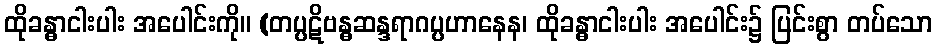
ထိုခန္ဓာငါးပါး အပေါင်းကို။ (တပ္ပဋိဗန္ဓဆန္ဒရာဂပ္ပဟာနေန၊ ထိုခန္ဓာငါးပါး အပေါင်း၌ ပြင်းစွာ တပ်သော